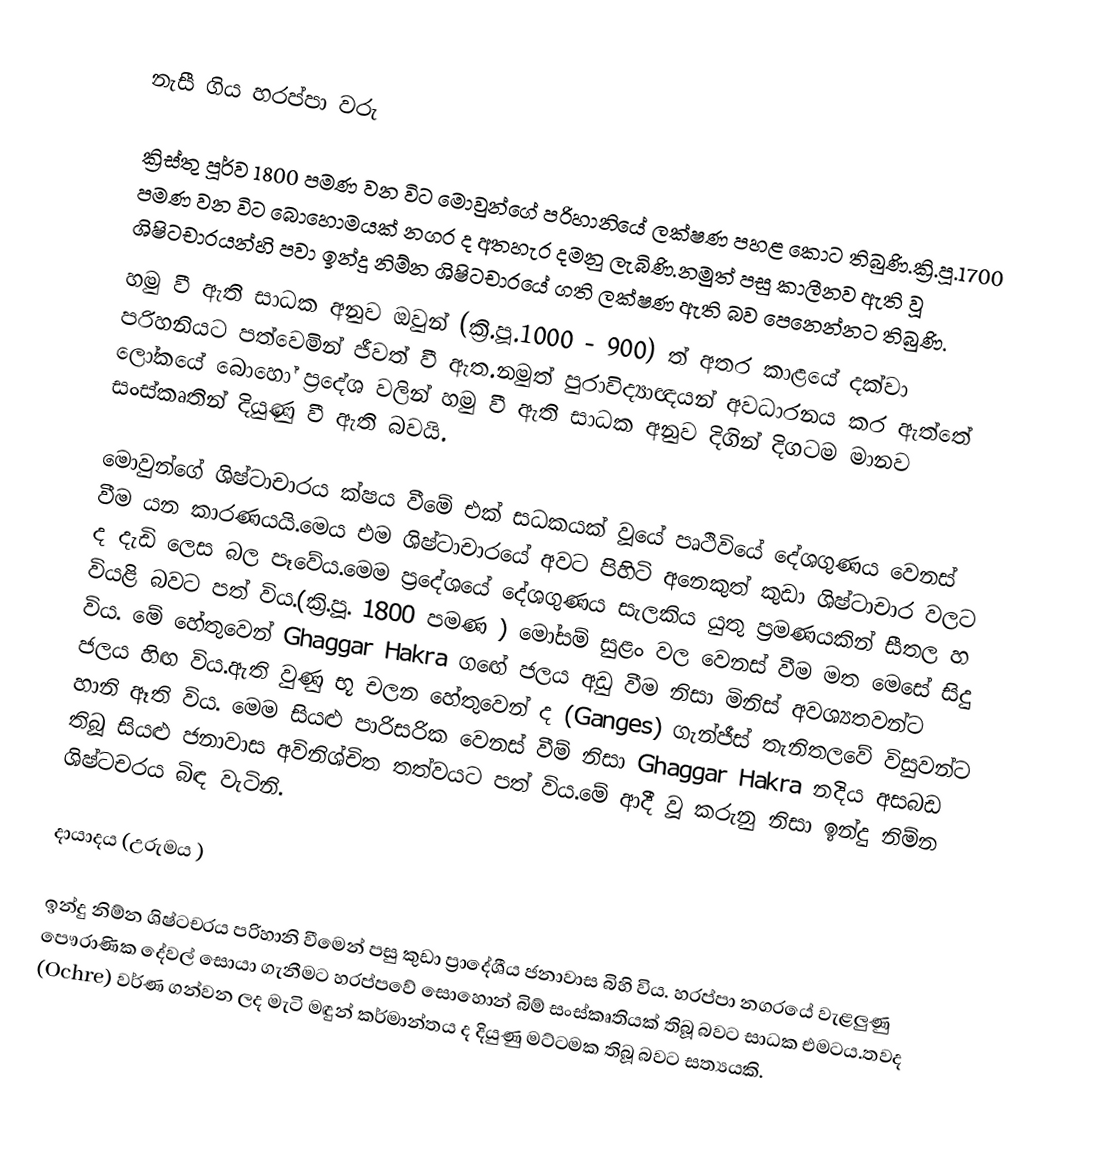
නැසී ගිය හරප්පා වරු

ක්‍රිස්තු පූර්ව 1800 පමණ වන විට මොවුන්ගේ පරිහානියේ ලක්ෂණ පහළ කොට තිබුණි.ක්‍රි.පූ.1700 පමණ වන විට බොහොමයක් නගර ද අතහැර දමනු ලැබිණි.නමුත් පසු කාලීනව ඇති වූ  ශිෂිටචාරයන්හි පවා ඉන්දු නිම්න ශිෂිටචාරයේ ගති ලක්ෂණ ඇති බව පෙනෙන්නට තිබුණි.
හමු වී ඇති සාධක අනුව ඔවුන් (ක්‍රි.පූ.1000 - 900) ත් අතර කාළයේ දක්වා පරිහනියට පත්වෙමින් ජීවත් වී ඇත.නමුත් පුරාවිද්‍යාඥයන් අවධාරනය කර ඇත්තේ ලෝකයේ බොහෝ ප්‍රදේශ වලින් හමු වී  ඇති සාධක අනුව දිගින් දිගටම මානව සංස්කෘතින් දියුණු වී ඇති බවයි.

මොවුන්ගේ ශිෂ්ටාචාරය ක්ෂය වීමේ එක් සධකයක් වූයේ පෘථිවියේ දේශගුණය වෙනස් වීම යන කාරණයයි.මෙය එම ශිෂ්ටාචාරයේ අවට පිහිටි අනෙකුත් කුඩා ශිෂ්ටාචාර වලට ද දැඩි ලෙස බල පෑවේය.මෙම ප්‍රදේශයේ දේශගුණය සැලකිය යුතු ප්‍රමණයකින් සීතල හ වියළි බවට පත් විය.(ක්‍රි.පූ. 1800 පමණ ) මෝසම් සුළං වල වෙනස් වීම මත මෙසේ සිදු විය. මේ හේතුවෙන්  Ghaggar Hakra ගඟේ ජලය අඩු වීම නිසා මිනිස් අවශ්‍යතවන්ට ජලය හිඟ විය.ඇති වුණු භූ චලන හේතුවෙන් ද  (Ganges) ගැන්ජීස් තැනිතලවේ විසුවන්ට හානි ඈති විය. මෙම සියළු පාරිසරික වෙනස් වීම් නිසා Ghaggar Hakra  නදිය අසබඩ තිබූ සියළු ජනාවාස අවිනිශ්චිත තත්වයට පත් විය.මේ ආදී වූ කරුනු නිසා ඉන්දු නිම්න ශිෂ්ටචරය බිඳ වැටිනි.

දායාදය (උරුමය )

ඉන්දු නිම්න ශිෂ්ටචරය පරිහානි වීමෙන් පසු කුඩා ප්‍රාදේශීය ජනාවාස බිහි විය. හරප්පා නගරයේ වැළලුණු පෞරාණික දේවල් සොයා ගැනීමට හරප්පවේ සොහොන් බිම් සංස්කෘතියක් තිබූ බවට සාධක එමටය.තවද (Ochre) වර්ණ ගන්වන ලද මැටි මඳුන් කර්මාන්තය ද දියුණු මට්ටමක තිබූ බවට සත්‍යයකි.